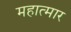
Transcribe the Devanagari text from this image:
महात्मार